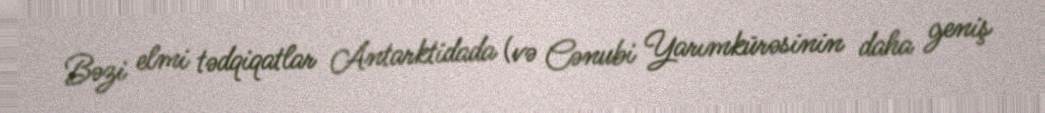
Bəzi elmi tədqiqatlar Antarktidada (və Cənubi Yarımkürəsinin daha geniş